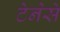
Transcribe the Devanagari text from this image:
टेनेसे